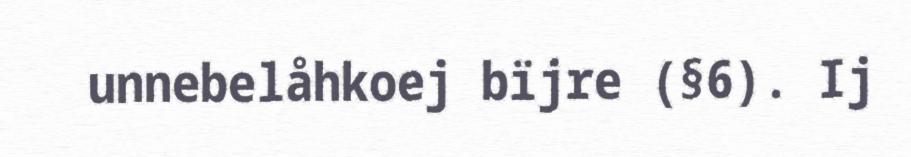
unnebelåhkoej bïjre (§6). Ij